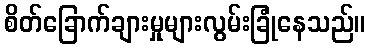
စိတ်ခြောက်ချားမှုများလွမ်းခြုံနေသည်။